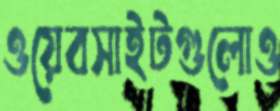
ওয়েবসাইটগুলোও